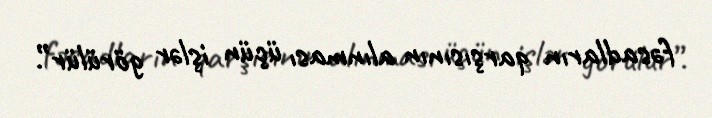
fəsadların qarşısının alınması üçün işlər görülür”.